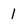
Character: 1